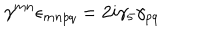
LaTeX: \gamma ^ { m n } \epsilon _ { m n p q } = 2 i \gamma _ { 5 } \gamma _ { p q }